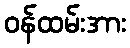
ဝန်ထမ်းအား